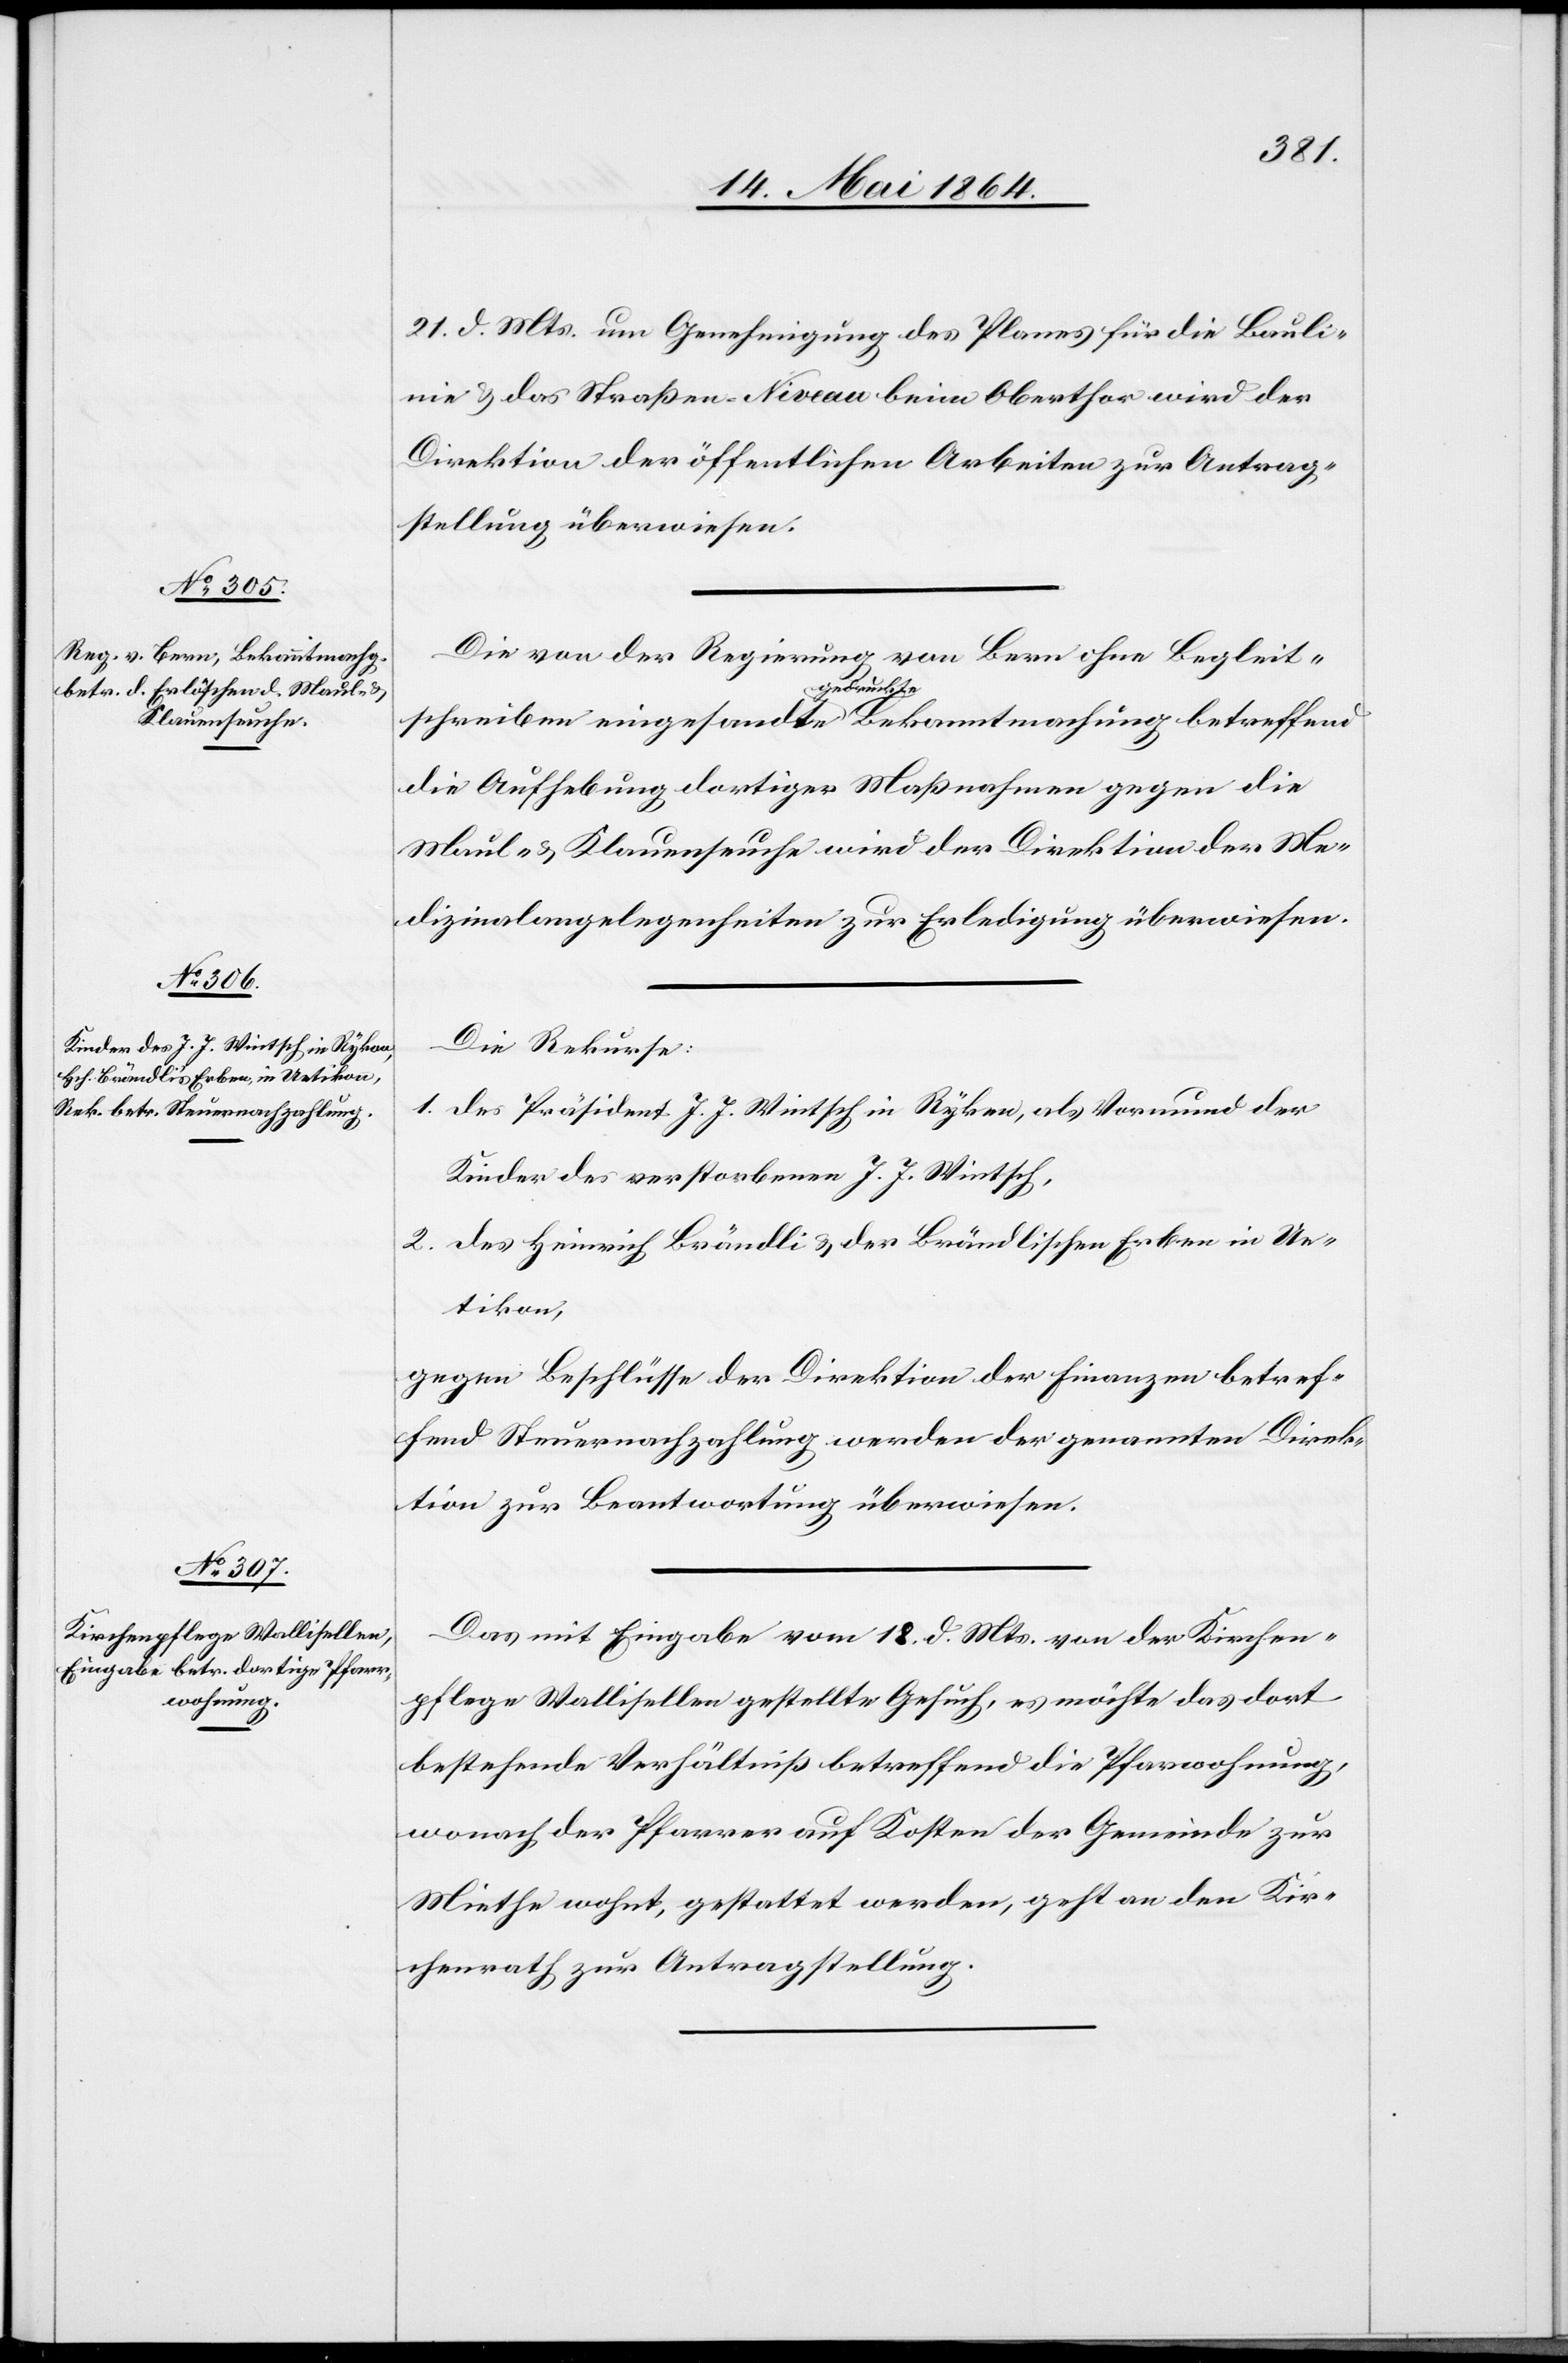
23. Mai 1864.]
21. d. Mts. um Genehmigung des Planes für die Bauli¬
nie u. das Straßen-Niveau beim Oberthor wird der
Direktion der öffentlichen Arbeiten zur Antrag¬
stellung überwiesen.
Die von der Regierung von Bern ohne Begleit¬
schreiben eingesandte gedruckte Bekanntmachung betreffend
die Aufhebung dortiger Maßnahmen gegen die
Maul- u. Klauenseuche wird der Direktion der Me¬
dizinalangelegenheiten zur Erledigung überwiesen.
Die Rekurse:
1. des Präsident J. J. Wintsch in Rykon, als Vormund der
Kinder des verstorbenen J. J. Wintsch,
2. des Heinrich Brändli u. der Brändlischen Erben in Ue¬
tikon,
gegen Beschlüsse der Direktion der Finanzen betref¬
fend Steuernachzahlung werden der genannten Direk¬
tion zur Beantwortung überwiesen.
Das mit Eingabe vom 18. d. Mts. von der Kirchen¬
pflege Wallisellen gestellte Gesuch, es möchte das dort
bestehende Verhältniß betreffend die Pfarwohnung
wonach der Pfarrer auf Kosten der Gemeinde zur
Miethe wohnt, gestattet werden, geht an den Kir¬
chenrath zur Antragstellung.